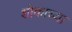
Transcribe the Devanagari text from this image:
शोकाच्या